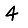
Digit: 4